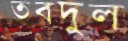
তবদুল